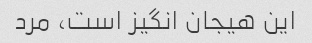
این هیجان انگیز است، مرد